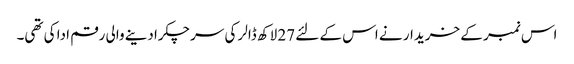
اس نمبر کے خریدار نے اس کے لئے 27 لاکھ ڈالر کی سرچکرادینے والی رقم ادا کی تھی۔